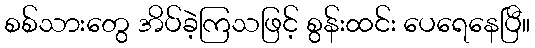
စစ်သားတွေ အိပ်ခဲ့ကြသဖြင့် စွန်းထင်း ပေရေနေပြီ။